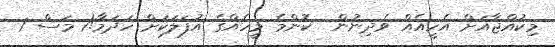
މިކުއްޖާއަށް އެހީއެއް ވެދިނުން  ކޮންމެ މީހެއްގެ އުފަލަކަށް ހަދަމާ!1 މަސް 1